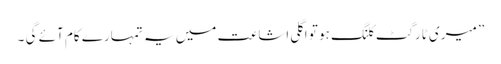
” میری ٹارگٹ کلنگ ہو تو اگلی اشاعت میں یہ تمہارے کام آئے گی ۔